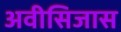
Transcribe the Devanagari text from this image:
अवीसिजास